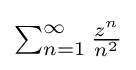
{\textstyle \sum _{n=1}^{\infty }{\frac {z^{n}}{n^{2}}}}